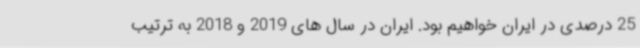
25 درصدی در ایران خواهیم بود. ایران در سال های 2019 و 2018 به ترتیب